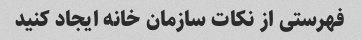
فهرستی از نکات سازمان خانه ایجاد کنید